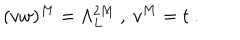
( v w ) ^ { M } = \Lambda _ { L } ^ { 2 M } \ , \ v ^ { M } = t \ .